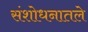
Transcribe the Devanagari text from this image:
संशोधनातले